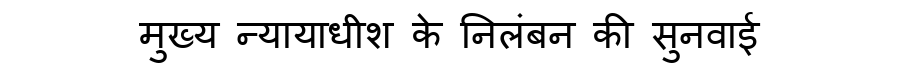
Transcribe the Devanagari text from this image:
मुख्य न्यायाधीश के निलंबन की सुनवाई